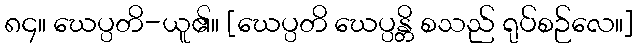
၈၄။ ဃေပ္ပတိ-ယူ၏။ [ဃေပ္ပတိ ဃေပ္ပန္တိ စသည် ရုပ်စဉ်လေ။]